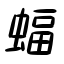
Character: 蝠